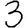
Digit: 3